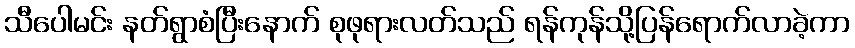
သီပေါမင်း နတ်ရွာစံပြီးနောက် စုဖုရားလတ်သည် ရန်ကုန်သို့ပြန်ရောက်လာခဲ့ကာ